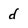
Character: d